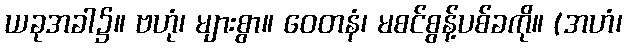
ယခုအခါ၌။ ဗဟုံ၊ များစွာ။ ဝေတနံ၊ မစင်စွန့်ပစ်ခကို။ (အဟံ၊